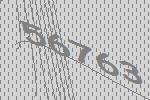
56763